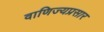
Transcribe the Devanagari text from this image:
वाणिज्यप्रसार